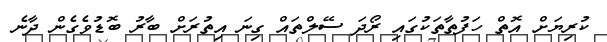
ކުރިޔަށް އޮތް ހަފުތާތަކުގައި ރޯދަ ސޭލްތައް ގިނަ އިތުރަށް ބާރު ބޮޑުވެގެން ދާނެ